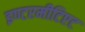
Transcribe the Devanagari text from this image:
इण्टरमीटिएट